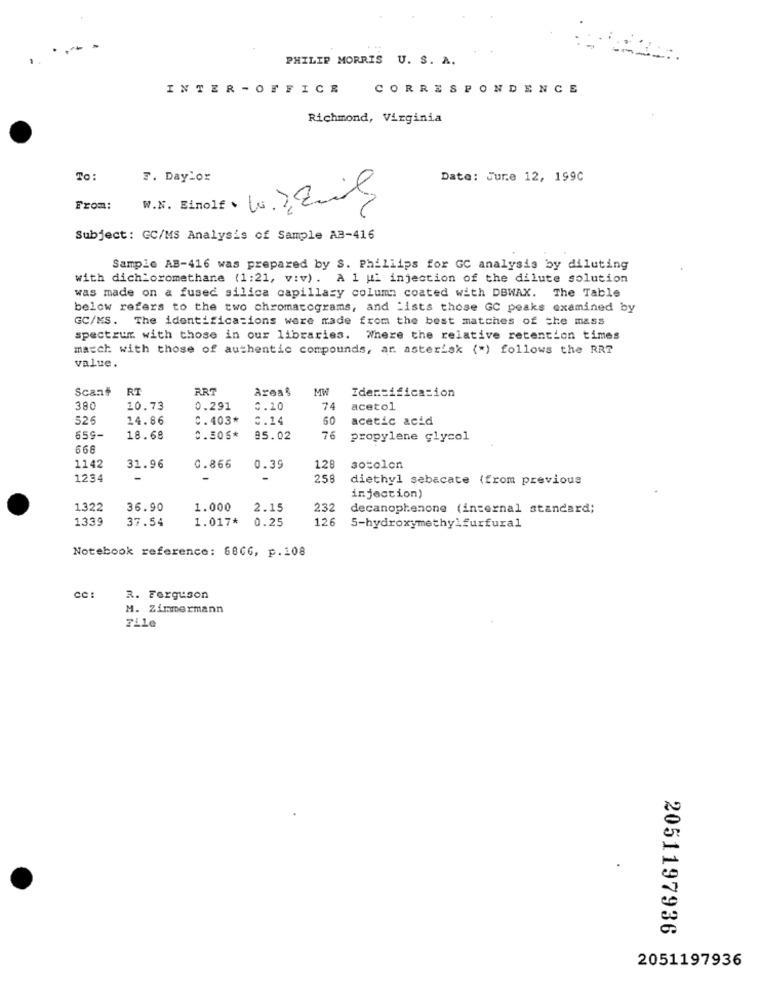
PHILIP MORRIS U. S. A.
INTER - OFFICE
CORRESPONDENCE
Richmond, Virginia
To:
F. Daylor
Date: Jure 12, 199C
W.X. Binolt · 10) Emil
From:
Subject: GC/MS Analysis of Sample AB-416
Sample AB-416 was prepared by S. Phillips for GC analysis by diluting
with dichloromethane (1:21, v:v). A 1 ui injection of the dilute solution
was made on a fused silica capillary column coated with DBWAX. The Table
below refers to the two chromatograms, and "ists those GC peaks examined by
GC/MS. The identifications were made from the best matches of the mass
spectrumr. with those in our libraries. Where the relative retention times
match with those of authentic compounds, ar asterisk (*) follows the RR?
value.
Scan#
RT
RRT
Ares %
MW
Identification
380
10.73
0.291
0.10
74
acetol
526
14.86
C.403*
2.14
60
acetic acid
659-
18.68
C.505*
95.02
76
propylene glycol
668
1142
31.96
0.866
0.39
128
socolon
1234
-
-
258
diethyl sebacate (from previous
injection)
1322
36.90
1.000
2.15
232
decanophenone (internal standard;
1339
37.54
1.017*
0.25
126
5-hydroxymethylfurfural
Notebook reference: 8866, p.108
R. Ferguson
M. Zimmermann
File
2051197936
2051197936